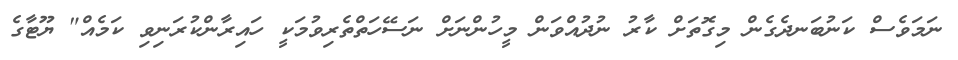
ނަމަވެސް ކަނުބަނދެގެން މިގޮތަށް ކާރު ނުދުއްވަން މީހުންނަށް ނަސޭހަތްތެރިވުމަކީ ހައިރާންކުރަނިވި ކަމެއް" ޔޫޓާގެ